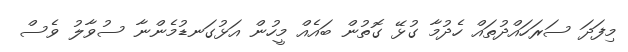
މިފަދަ ސަރަހައްދުތައް ހެދުމާ ގުޅޭ ގޮތުން ބައެއް މީހުން އަޅުގަނޑުމެންނާ ސުވާލު ވެސް